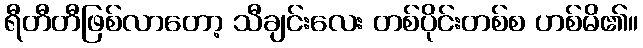
ရီတီတီဖြစ်လာတော့ သီချင်းလေး တစ်ပိုင်းတစ်စ ဟစ်မိ၏။